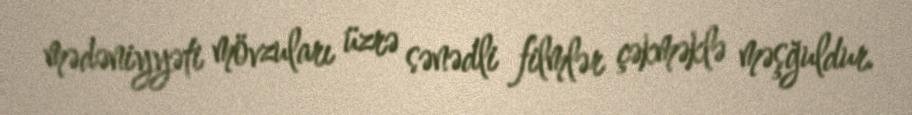
mədəniyyəti mövzuları üzrə sənədli filmlər çəkməklə məşğuldur.